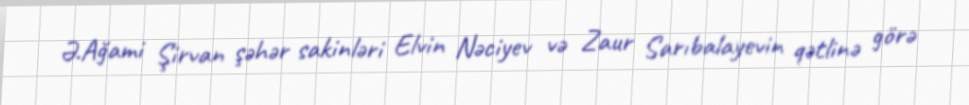
Ə.Ağami Şirvan şəhər sakinləri Elvin Nəciyev və Zaur Sarıbalayevin qətlinə görə